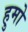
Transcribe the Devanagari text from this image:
हुमो